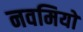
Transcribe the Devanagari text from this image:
नवमियों